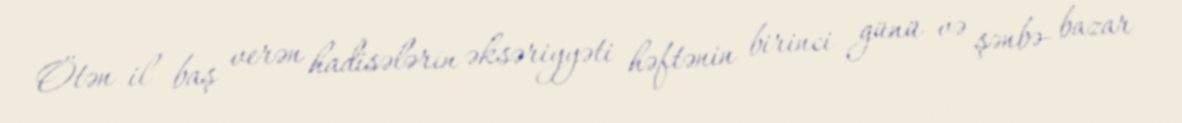
Ötən il baş verən hadisələrin əksəriyyəti həftənin birinci günü və şənbə- bazar